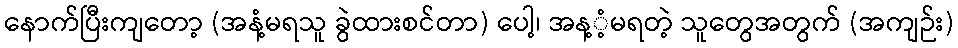
နောက်ပြီးကျတော့ (အနံ့မရသူ ခွဲထားစင်တာ) ပေါ့၊ အန့ံ့မရတဲ့ သူတွေအတွက် (အကျဉ်း)